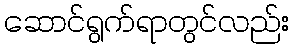
ဆောင်ရွက်ရာတွင်လည်း